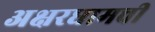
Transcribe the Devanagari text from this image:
अक्षरधामची